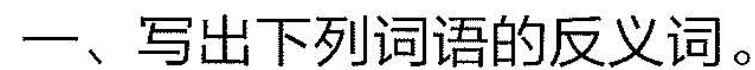
一、写出下列词语的反义词。